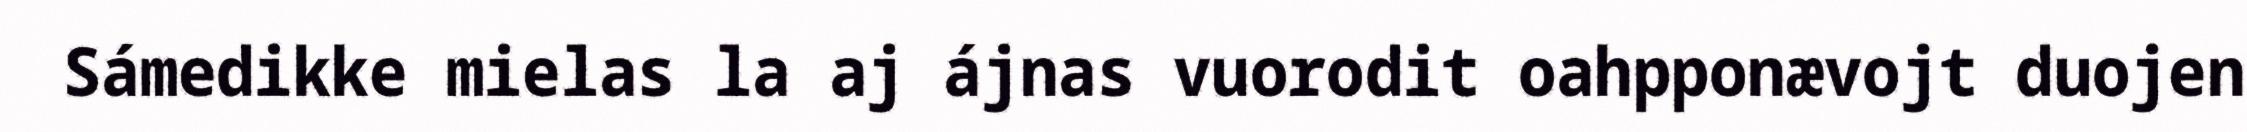
Sámedikke mielas la aj ájnas vuorodit oahpponævojt duojen